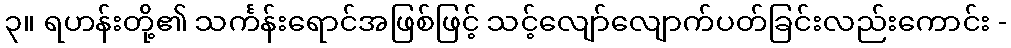
၃။ ရဟန်းတို့၏ သင်္ကန်းရောင်အဖြစ်ဖြင့် သင့်လျော်လျောက်ပတ်ခြင်းလည်းကောင်း -